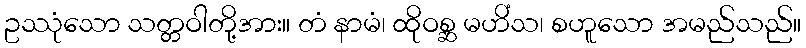
ဥဿုံသော သတ္တဝါတို့အား။ တံ နာမံ၊ ထိုဝစ္ဆ မဟိံသ၊ စဟူသော အမည်သည်။